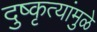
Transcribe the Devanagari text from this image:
दुष्कृत्यांमुळे